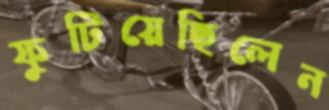
ফুটিয়েছিলেন